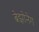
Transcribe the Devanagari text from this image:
ब्रेझोनेग